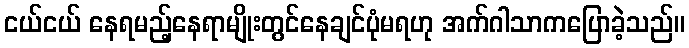
ငယ်ငယ် နေရမည့်နေရာမျိုးတွင်နေချင်ပုံမရဟု အက်ဂါသာကပြောခဲ့သည်။